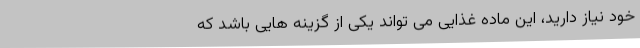
خود نیاز دارید، این ماده غذایی می تواند یکی از گزینه هایی باشد که